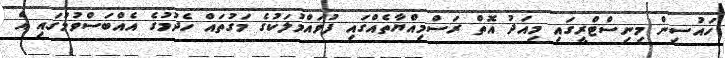
ހައުސިން މިނިސްޓްރީގައި މިއަދު އޮތް ރަސްމިއްޔާތެއްގައި ފުވައްމުލަކުގެ މަގުތައް ހެދުމުގެ އެއްބަސްވުމުގައި އެ